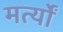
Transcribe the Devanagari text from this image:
मर्त्यों